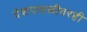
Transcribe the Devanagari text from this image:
देशपातळीवरही